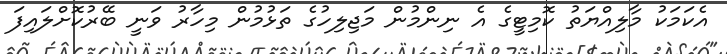
އެކަމަކު މާލިއްޔަތު ކޮމިޓީގެ އެ ނިންމުން މަޖިލިހުގެ ތަޅުމުން މިހާރު ވަނީ ބޭރުކޮށްލައިފަ